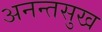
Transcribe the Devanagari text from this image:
अनन्तसुख